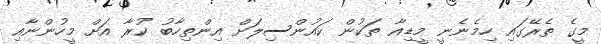
މީގެ ތެރޭގައި ހިމެނެނީ މީޑިއާ ތަކުން ކައުންސިލަށް އިންތިހާބު ކުރާ އަށް މީހުންނާއި